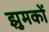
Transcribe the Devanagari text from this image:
झुमकों